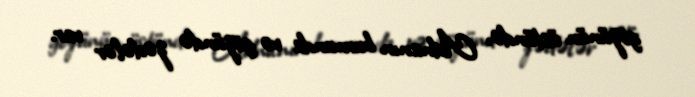
gözünün üstündə, Adnanın burnunda və gözündə zədələr var.